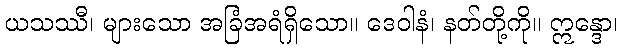
ယသဿီ၊ များသော အခြံအရံရှိသော။ ဒေဝါနံ၊ နတ်တို့ကို။ ဣန္ဒော၊